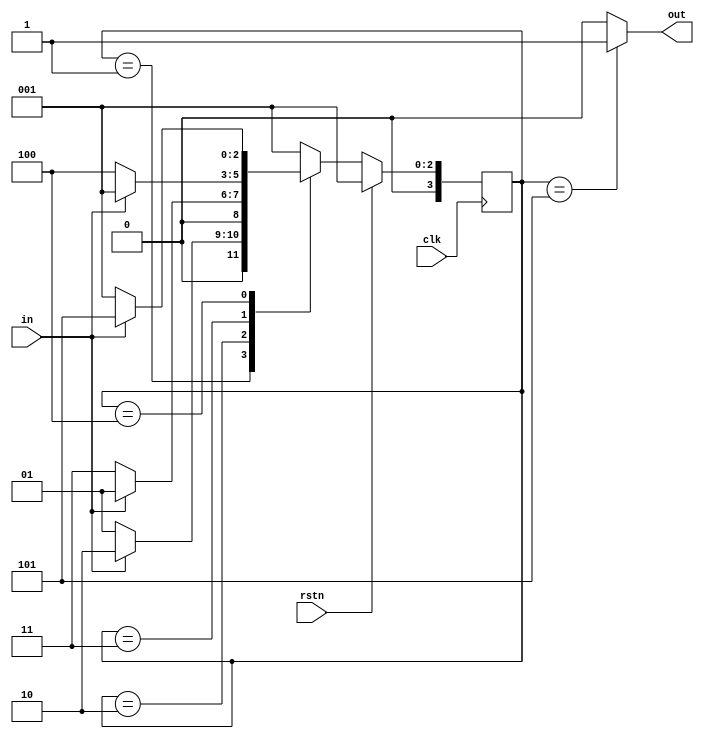
`timescale 1ns / 1ps
//////////////////////////////////////////////////////////////////////////////////
// Company: 
// Engineer: 
// 
// Design Name: 
// Module Name:    Seq_D_1001 
// Project Name: 
// Target Devices: 
// Tool versions: 
// Description: 
//
// Dependencies: 
//
// Revision: 
// Revision 0.01 - File Created
// Additional Comments: 
//
//////////////////////////////////////////////////////////////////////////////////
module Seq_D_1001(
    input clk, rstn, in,
    output out
    );
	 parameter IDLE=3'b001, S1=4'b010, S10=3'b011, S100=3'b100, S1001=3'b101;
	 
	 reg [3:0] curr_state, next_state;
	 
	 assign out = (curr_state == S1001 ? 1:0);
	 
	 always @ (posedge clk)
		begin
			if(rstn) curr_state <= IDLE;
			else     curr_state <= next_state;
		end
		
	 always @ (curr_state,in)
		begin
		
			case (curr_state)
				IDLE : begin if (in) next_state = S1; else next_state = IDLE; end
				S1   : begin if (in) next_state = IDLE; else next_state = S10; end 
				S10  : begin if (in) next_state = IDLE; else next_state = S100; end
				S100 : begin if (in) next_state = S1001; else next_state = IDLE; end
				default: next_state = IDLE;
			endcase
		end
				

endmodule